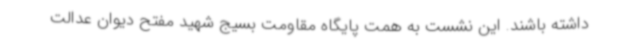
داشته باشند. این نشست به همت پایگاه مقاومت بسیج شهید مفتح دیوان عدالت